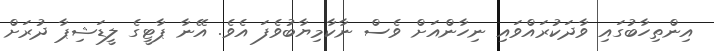
އިންތިހާބުގައި ވާދަކުރައްވައި ނިހާންއަށް ވެސް ނާކާމިޔާބުވެފަ އެވެ. އޭނާ ޕާޓީގެ ލީޑަޝިޕާ ދުރަށް